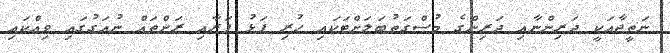
ނަތީޖާއަކީ ދަރިންނާއި ދަރިންގެ މުސްގަތުބަލަށްޓަކައި ހުރި ފަޅު ފަރާއި ރަށްތައް ނުއަގުގައި ވިއްކައި